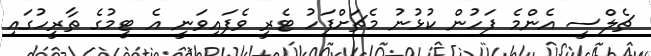
ޗެލްސީ އެންމެ ފަހުން ކުޅުނު މެޗަށްފަހު ޓެރީ ވެފައިވަނީ އެ ޓީމުގެ ތާރީހުގައި